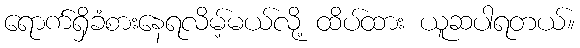
ရောက်ရှိခံစားနေရလိမ့်မယ်လို့ ထိပ်ထား ယူဆပါရတယ်။